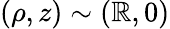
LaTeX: (\rho,z)\sim(\mathbb{R},0)